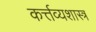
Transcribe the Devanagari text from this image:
कर्त्तव्यशास्त्र